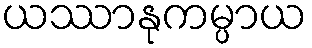
ယဿာနုကမ္ပာယ